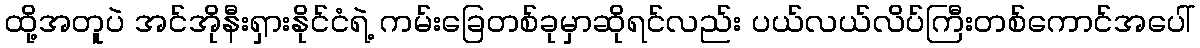
ထို့အတူပဲ အင်အိုနီးရှားနိုင်ငံရဲ့ ကမ်းခြေတစ်ခုမှာဆိုရင်လည်း ပယ်လယ်လိပ်ကြီးတစ်ကောင်အပေါ်